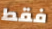
فقط